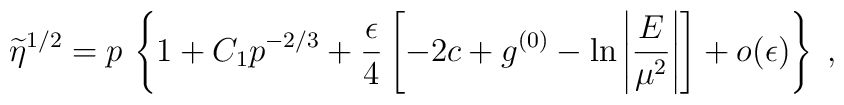
\widetilde{\eta}^{1/2}=p\,\left\{ 1 +C_{1}   p^{-2/3}+\frac{\epsilon}{4}\left[-2c+ g^{(0)}- \ln \left| \frac{E}{\mu^{2}}  \right|\right]+ o(\epsilon)\right\}\;  ,